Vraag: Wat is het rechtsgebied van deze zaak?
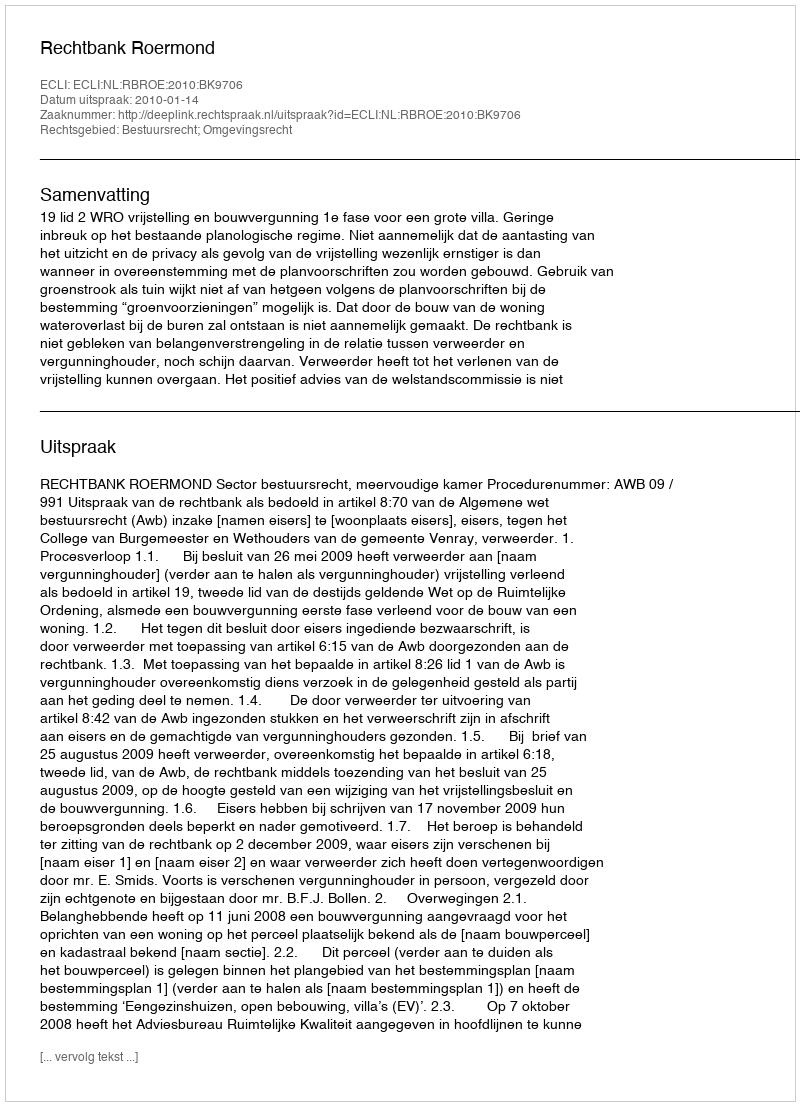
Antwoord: Bestuursrecht; Omgevingsrecht